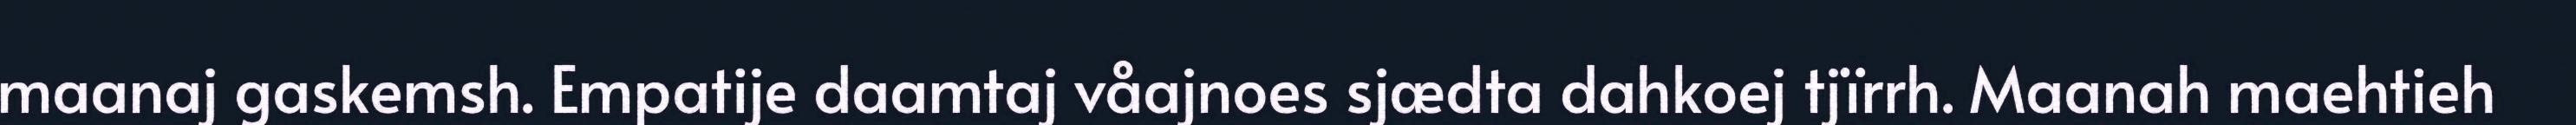
maanaj gaskemsh. Empatije daamtaj våajnoes sjædta dahkoej tjïrrh. Maanah maehtieh